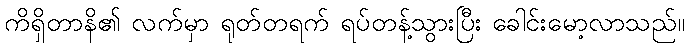
ကိရှိတာနိ၏ လက်မှာ ရုတ်တရက် ရပ်တန့်သွားပြီး ခေါင်းမော့လာသည်။